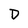
Character: D